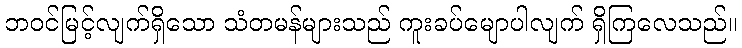
ဘဝင်မြင့်လျက်ရှိသော သံတမန်များသည် ကူးခပ်မျောပါလျက် ရှိကြလေသည်။